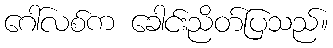
ဂေါ်လစ်က ခေါင်းညိတ်ပြသည်။